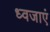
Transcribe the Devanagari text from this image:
ध्वजाएं